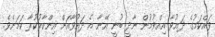
ވައްކަމުގެ ދައުވާ އިއްވުމުން ނާދީ ބުނީ އޭނާ އެ ދައުވާއަށް އިންކާރުކުރާ ކަމަށެވެ.